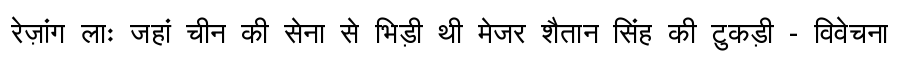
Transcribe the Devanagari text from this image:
रेज़ांग लाः जहां चीन की सेना से भिड़ी थी मेजर शैतान सिंह की टुकड़ी - विवेचना